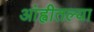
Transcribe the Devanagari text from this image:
आंह्वीतल्या